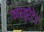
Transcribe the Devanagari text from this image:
कारबुरेटेड